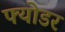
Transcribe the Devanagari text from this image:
फ्योडर